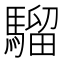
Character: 騮